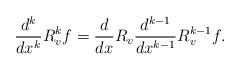
LaTeX: \begin{align*}\frac{d^{k}}{dx^{k}}R_{v}^{k}f=\frac{d}{dx}R_{v}\frac{d^{k-1}}{dx^{k-1}}R_{v}^{k-1}f. \end{align*}